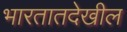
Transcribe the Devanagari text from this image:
भारतातदेखील